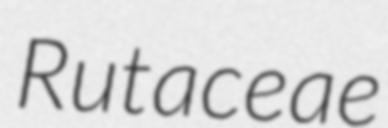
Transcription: Rutaceae